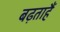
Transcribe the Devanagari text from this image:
बढ़ताहैं